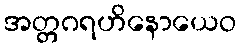
အတ္တဂရဟိနောယေဝ